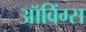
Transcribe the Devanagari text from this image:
ऑविंग्स